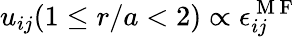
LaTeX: u_{ij}(1\le r/a<2)\propto\epsilon_{ij}^{\mathrm{~M~F~}}